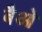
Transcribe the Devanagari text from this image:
बैओ